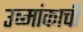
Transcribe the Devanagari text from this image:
उष्मांकाची